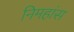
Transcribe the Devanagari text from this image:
निमहांस